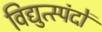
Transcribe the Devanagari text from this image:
विद्युत्स्पंदों